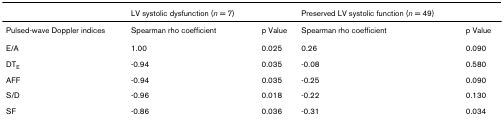
<table><thead><tr><td></td><td><b>LV systolic dysfunction (<i>n </i>= 7)</b></td><td></td><td><b>Preserved LV systolic function (<i>n </i>= 49)</b></td><td></td></tr></thead><tbody><tr><td>Pulsed-wave Doppler indices</td><td>Spearman rho coefficient</td><td>p Value</td><td>Spearman rho coefficient</td><td>p Value</td></tr><tr><td>E/A</td><td>1.00</td><td>0.025</td><td>0.26</td><td>0.090</td></tr><tr><td>DT<sub>E</sub></td><td>-0.94</td><td>0.035</td><td>-0.08</td><td>0.580</td></tr><tr><td>AFF</td><td>-0.94</td><td>0.035</td><td>-0.25</td><td>0.090</td></tr><tr><td>S/D</td><td>-0.96</td><td>0.018</td><td>-0.22</td><td>0.130</td></tr><tr><td>SF</td><td>-0.86</td><td>0.036</td><td>-0.31</td><td>0.034</td></tr></tbody></table>